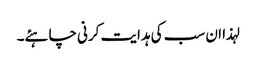
لہذا ان سب کی ہدایت کرنی چاہئے۔